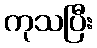
ကုသပြီး